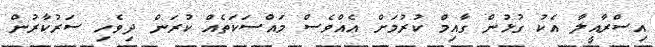
އިސްރާއީލާ އެކު ގުޅުން ގާއިމް ކުރުމަށް އެއްވެސް މައްސަކަތެއް ކުރަން ދިވެހި ސަރުކާރުން